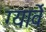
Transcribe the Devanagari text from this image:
ग्यार्वे